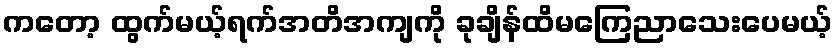
ကတော့ ထွက်မယ့်ရက်အတိအကျကို ခုချိန်ထိမကြေညာသေးပေမယ့်